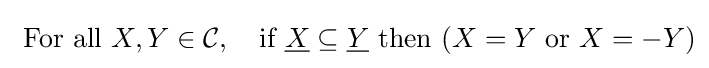
{\text{ For all }}X,Y\in {\mathcal {C}},~~{\text{ if }}{\underline {X}}\subseteq {\underline {Y}}{\text{ then }}(X=Y{\text{ or }}X=-Y)